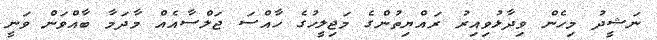
ނަޝީދު މިހެން ވިދާޅުވިއިރު ރައްޔިތުންގެ މަޖިލީހުގެ ހާއްސަ ޖަލްސާއެއް މާދަމާ ބާއްވަން ވަނީ